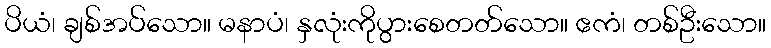
ပိယံ၊ ချစ်အပ်သော။ မနာပံ၊ နှလုံးကိုပွားစေတတ်သော။ ဧကံ၊ တစ်ဦးသော။